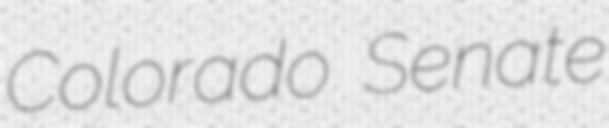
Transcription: Colorado Senate